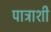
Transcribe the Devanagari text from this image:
पात्राशी